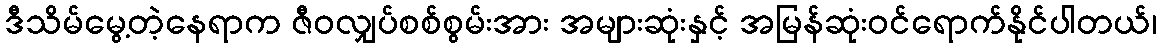
ဒီသိမ်မွေ့တဲ့နေရာက ဇီဝလျှပ်စစ်စွမ်းအား အများဆုံးနှင့် အမြန်ဆုံးဝင်ရောက်နိုင်ပါတယ်၊